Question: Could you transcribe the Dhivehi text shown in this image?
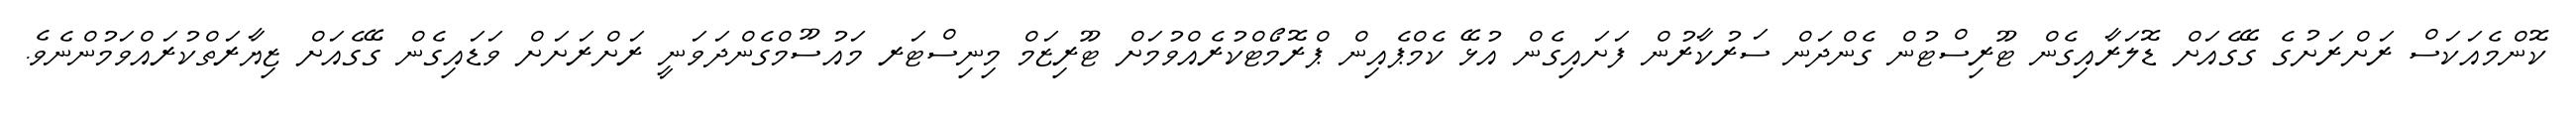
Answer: ކޮންމެއަކަސް ރަށްރަށުގެ ގޭގެއަށް ޑޮލަރާއިގެން ޓޫރިސްޓުން ގެންދަން ސަރުކާރުން ފަށައިގެން އުޅޭ ކެމްޕެއިން ޕްރޮމޯޓްކުރެއްވުމަށް ޓޫރިޒަމް މިނިސްޓަރ މައުސޫމްގެންދަވަނީ ރަށްރަށަށް ވަޑައިގެން ގޭގެއަށް ޒިޔާރަތްކުރައްވަމުންނެވެ.